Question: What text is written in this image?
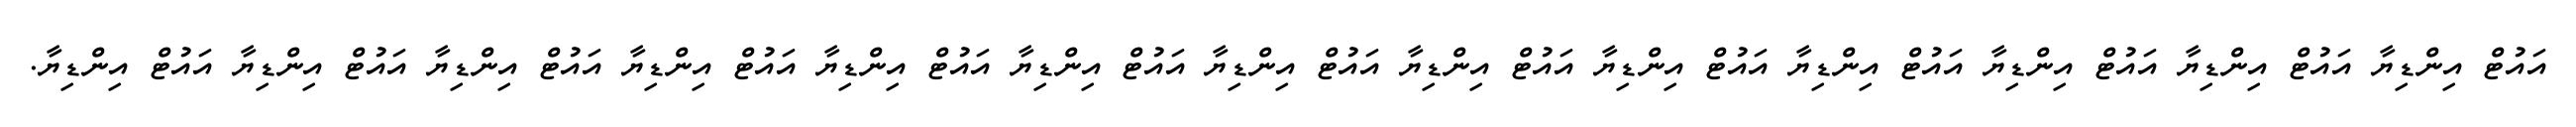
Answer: އައުޓް އިންޑިޔާ އައުޓް އިންޑިޔާ އައުޓް އިންޑިޔާ އައުޓް އިންޑިޔާ އައުޓް އިންޑިޔާ އައުޓް އިންޑިޔާ އައުޓް އިންޑިޔާ އައުޓް އިންޑިޔާ އައުޓް އިންޑިޔާ އައުޓް އިންޑިޔާ އައުޓް އިންޑިޔާ އައުޓް އިންޑިޔާ އައުޓް އިންޑިޔާ.